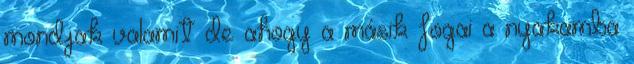
mondjak valamit de ahogy a másik fogai a nyakamba